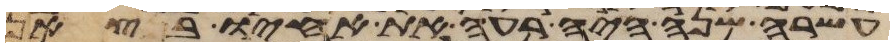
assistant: עשרה שנה היה רעה את אחיו בצאן